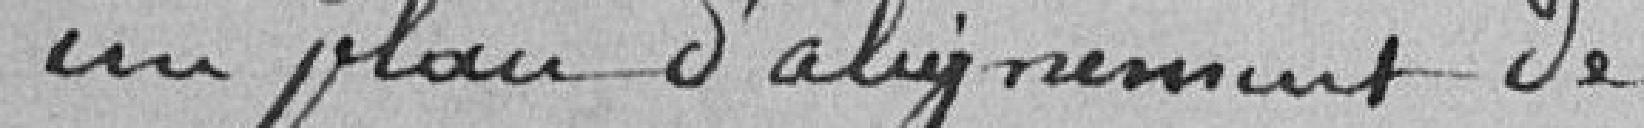
un plan d'alignement de